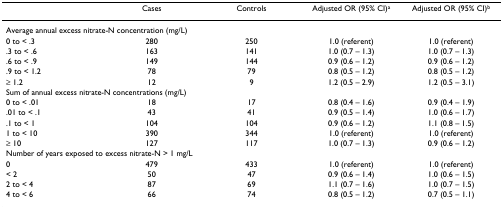
<table><thead><tr><td></td><td><b>Cases</b></td><td><b>Controls</b></td><td><b>Adjusted OR (95% CI)<sup>a</sup></b></td><td><b>Adjusted OR (95% CI)<sup>b</sup></b></td></tr></thead><tbody><tr><td colspan="5">Average annual excess nitrate-N concentration (mg/L)</td></tr><tr><td>0 to &lt; .3</td><td>280</td><td>250</td><td>1.0 (referent)</td><td>1.0 (referent)</td></tr><tr><td>.3 to &lt; .6</td><td>163</td><td>141</td><td>1.0 (0.7 – 1.3)</td><td>1.0 (0.7 – 1.3)</td></tr><tr><td>.6 to &lt; .9</td><td>149</td><td>144</td><td>0.9 (0.6 – 1.2)</td><td>0.9 (0.6 – 1.2)</td></tr><tr><td>.9 to &lt; 1.2</td><td>78</td><td>79</td><td>0.8 (0.5 – 1.2)</td><td>0.8 (0.5 – 1.2)</td></tr><tr><td>≥ 1.2</td><td>12</td><td>9</td><td>1.2 (0.5 – 2.9)</td><td>1.2 (0.5 – 3.1)</td></tr><tr><td colspan="5">Sum of annual excess nitrate-N concentrations (mg/L)</td></tr><tr><td>0 to &lt; .01</td><td>18</td><td>17</td><td>0.8 (0.4 – 1.6)</td><td>0.9 (0.4 – 1.9)</td></tr><tr><td>.01 to &lt; .1</td><td>43</td><td>41</td><td>0.9 (0.5 – 1.4)</td><td>1.0 (0.6 – 1.7)</td></tr><tr><td>.1 to &lt; 1</td><td>104</td><td>104</td><td>0.9 (0.6 – 1.2)</td><td>1.1 (0.8 – 1.5)</td></tr><tr><td>1 to &lt; 10</td><td>390</td><td>344</td><td>1.0 (referent)</td><td>1.0 (referent)</td></tr><tr><td>≥ 10</td><td>127</td><td>117</td><td>1.0 (0.7 – 1.3)</td><td>0.9 (0.6 – 1.2)</td></tr><tr><td colspan="5">Number of years exposed to excess nitrate-N &gt; 1 mg/L</td></tr><tr><td>0</td><td>479</td><td>433</td><td>1.0 (referent)</td><td>1.0 (referent)</td></tr><tr><td>&lt; 2</td><td>50</td><td>47</td><td>0.9 (0.6 – 1.4)</td><td>1.0 (0.6 – 1.5)</td></tr><tr><td>2 to &lt; 4</td><td>87</td><td>69</td><td>1.1 (0.7 – 1.6)</td><td>1.0 (0.7 – 1.5)</td></tr><tr><td>4 to &lt; 6</td><td>66</td><td>74</td><td>0.8 (0.5 – 1.2)</td><td>0.7 (0.5 – 1.1)</td></tr></tbody></table>